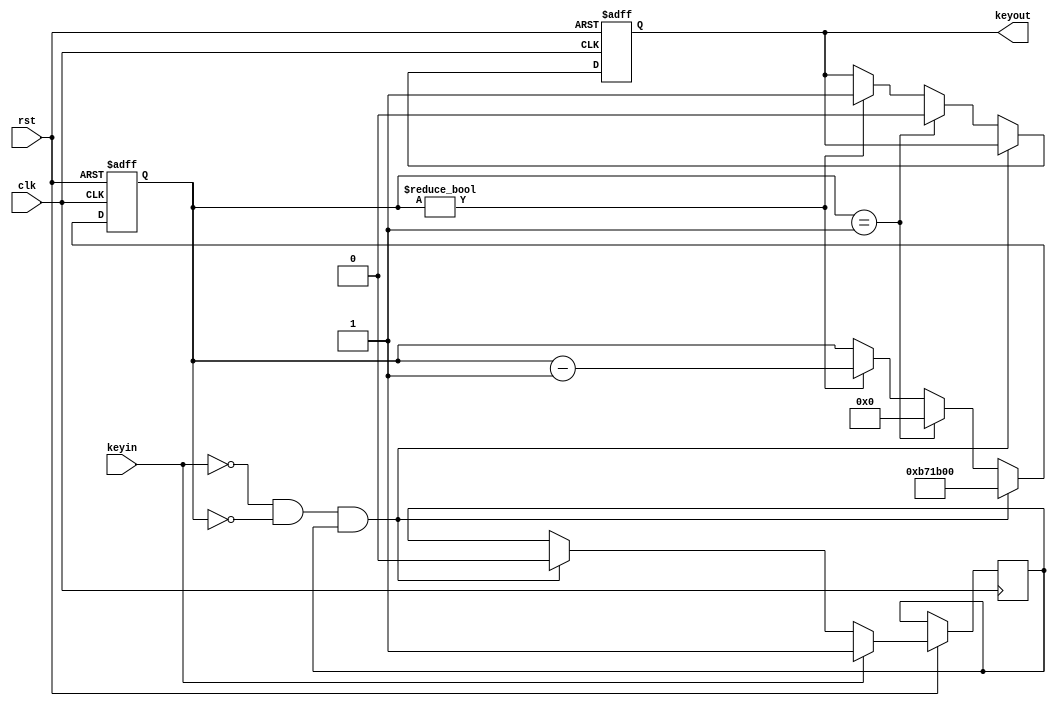
module keytest(clk, rst, keyin, keyout);
input clk, rst, keyin;
output reg keyout = 1;

reg [31:0] count = 0;
reg en = 1;

always @(posedge clk or negedge rst) begin
	if(!rst) begin
		keyout <= 1;
		count <= 0;
	end
	else if(clk) begin
		if(keyin == 0 && count == 0 && en) begin // press
			count <= 12000000; // 240ms
			en <= 0;
		end
		else if(count == 1) begin // release limit
			keyout <= 0;
			count <= 0;
		end
		else if(count != 0) begin // pressing
			count <= count - 1;
			keyout <= 1;
		end
		if(keyin == 1) en <= 1;
	end
end

endmodule